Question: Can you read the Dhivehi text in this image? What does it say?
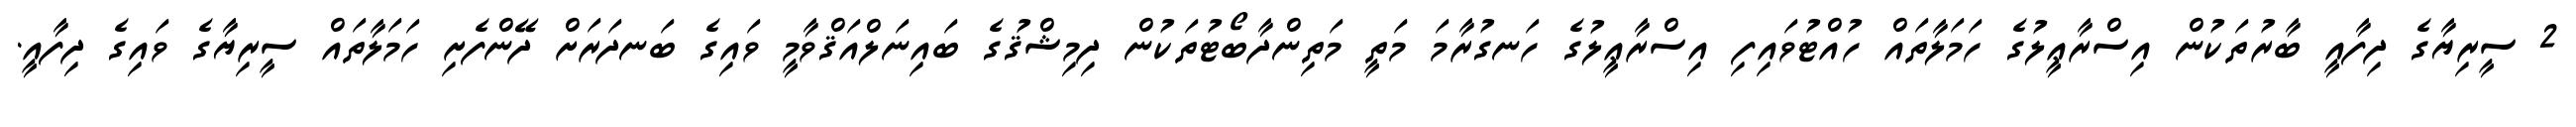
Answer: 2 ސީރިޔާގެ ދިފާއީ ބާރުތަކުން އިސްރާޢީލުގެ ހަމަލާތައް ހުއްޓުވައިފި އިސްރާޢީލުގެ ހަނގުރާމަ މަތީ މަތިންދާބޯޓުތަކުން ދިމިޝްޤުގެ ބައިނަލްއަޤްވާމީ ވައިގެ ބަނދަރަށް ދޭންފެށި ހަމަލާތައް ސީރިޔާގެ ވައިގެ ދިފާއީ.